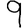
Digit: 9